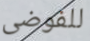
للفوضى